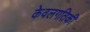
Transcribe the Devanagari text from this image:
केवलगतिकी